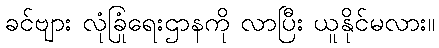
ခင်ဗျား လုံခြုံရေးဌာနကို လာပြီး ယူနိုင်မလား။